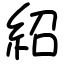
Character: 紹